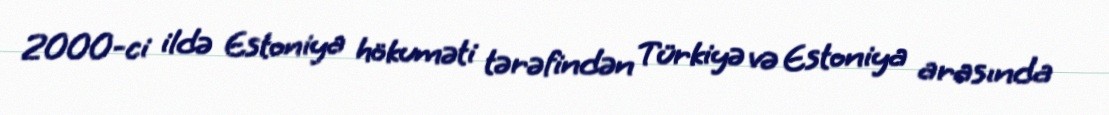
2000-ci ildə Estoniya hökuməti tərəfindən Türkiyə və Estoniya arasında